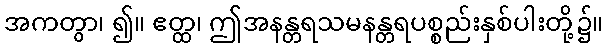
အကတွာ၊ ၍။ ဧတ္ထ၊ ဤအနန္တရသမနန္တရပစ္စည်းနှစ်ပါးတို့၌။